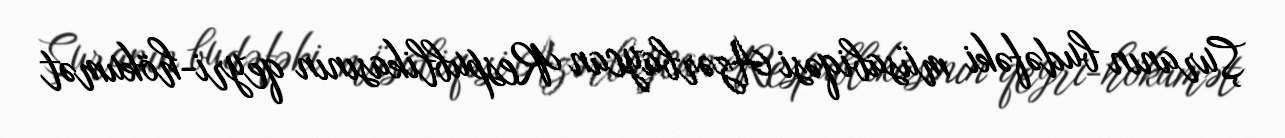
Şuranın budəfəki müsabiqəsi Azərbaycan Respublikasının qeyri-hökumət